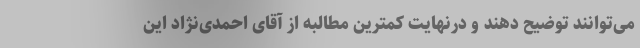
می‌توانند توضیح دهند و درنهایت کمترین مطالبه از آقای احمدی‌نژاد این